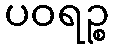
ပဝရဉ္စ